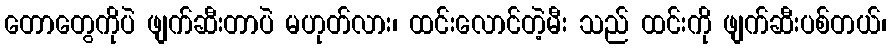
တောတွေကိုပဲ ဖျက်ဆီးတာပဲ မဟုတ်လား၊ ထင်းလောင်တဲ့မီး သည် ထင်းကို ဖျက်ဆီးပစ်တယ်၊